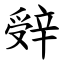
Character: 辤